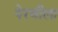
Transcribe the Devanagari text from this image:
पेरणीला